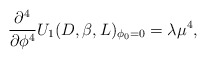
\begin{align*}\frac{\partial ^{4}}{\partial \phi ^{4}}U_{1}(D,\beta ,L)_{\phi_{0}=0}=\lambda \mu ^{4}, \end{align*}